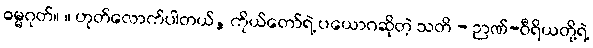
ဓမ္မဂုတ်။ ။ ဟုတ်လောက်ပါတယ်, ကိုယ်တော်ရဲ့ ပယောဂဆိုတဲ့ သတိ - ဉာဏ်-ဝီရိယတို့ရဲ့